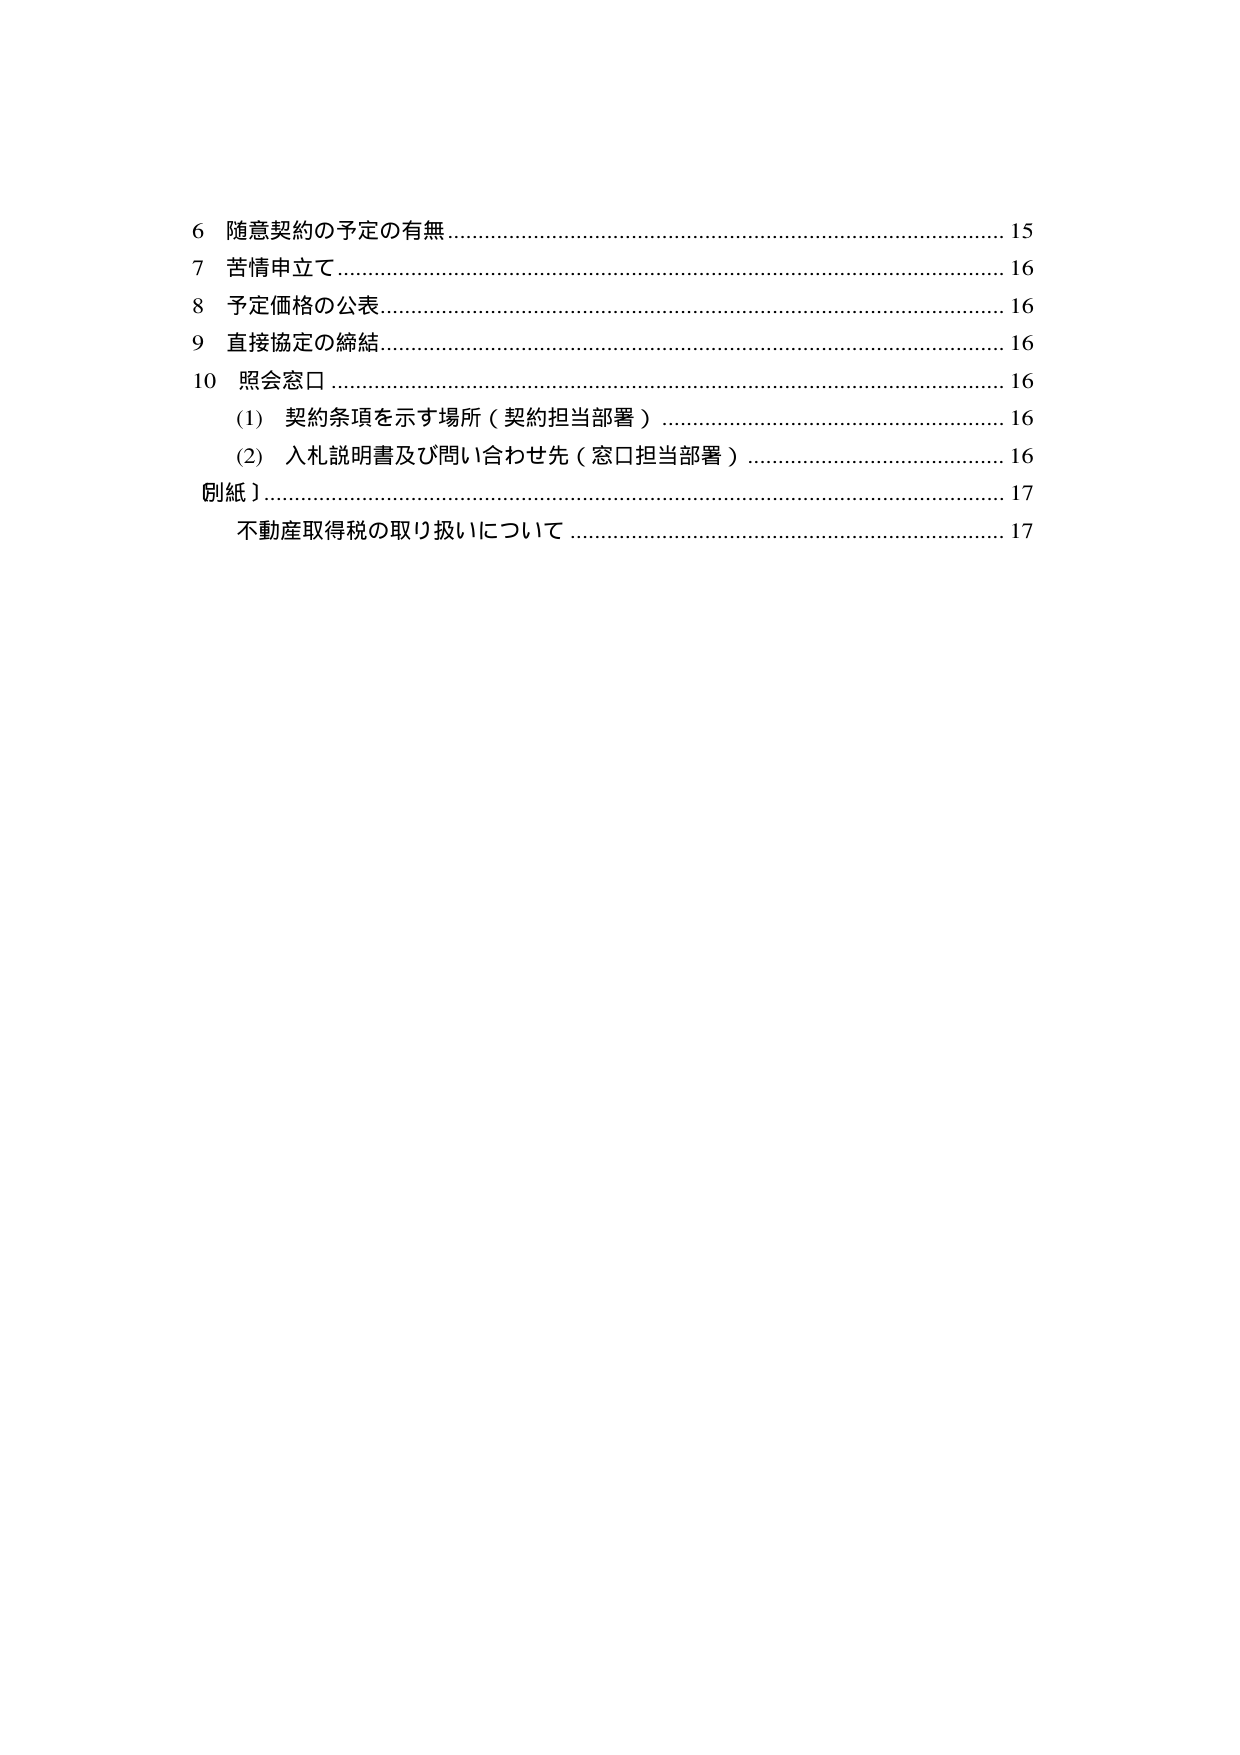
6 随意契約の予定の有無 ……………………………………………………………… 15
7 苦情申立て …………………………………………………………………………… 16
8 予定価格の公表 ……………………………………………………………………… 16
9 直接協定の締結 ……………………………………………………………………… 16
10 照会窓口 ……………………………………………………………………………… 16
　(1) 契約条項を示す場所（契約担当部署） ……………………………………… 16
　(2) 入札説明書及び問い合わせ先（窓口担当部署） …………………………… 16
【別紙】 ………………………………………………………………………………… 17
　不動産取得税の取り扱いについて ………………………………………………… 17